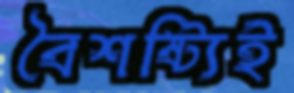
বৈশষ্ট্যিই